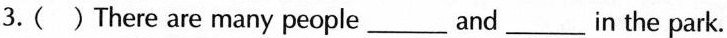
3.( )There are many people___and___ in the park.